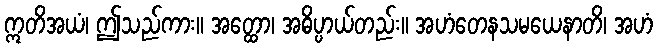
ဣတိအယံ၊ ဤသည်ကား။ အတ္ထော၊ အဓိပ္ပာယ်တည်း။ အဟံတေနသမယေနာတိ၊ အဟံ